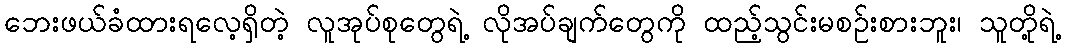
ဘေးဖယ်ခံထားရလေ့ရှိတဲ့ လူအုပ်စုတွေရဲ့ လိုအပ်ချက်တွေကို ထည့်သွင်းမစဉ်းစားဘူး၊ သူတို့ရဲ့